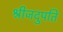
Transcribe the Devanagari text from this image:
श्रीजदुपति